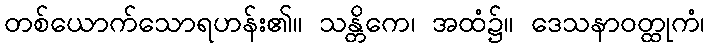
တစ်ယောက်သောရဟန်း၏။ သန္တိကေ၊ အထံ၌။ ဒေသနာဝတ္ထုကံ၊